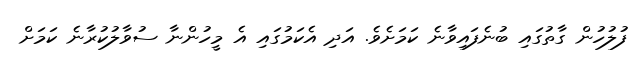
ފުލުހުން ގާތުގައި ބުނެފައިވާނެ ކަމަށެވެ. އަދި އެކަމުގައި އެ މީހުންނާ ސުވާލުކުރާނެ ކަމަށް